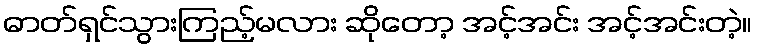
ဓာတ်ရှင်သွားကြည့်မလား ဆိုတော့ အင့်အင်း အင့်အင်းတဲ့။